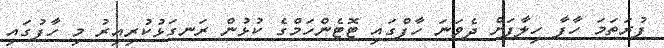
ފުރަތަމަ ހާފާ ހިލާފަށް ދެވަނަ ހާފްގައި ޓޮޓެންހަމްގެ ކުޅުން ރަނގަޅުކުރިއިރު މި ހާފުގައި